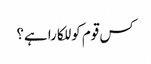
کس قوم کو للکارا ہے؟